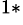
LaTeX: ^{1\ast}